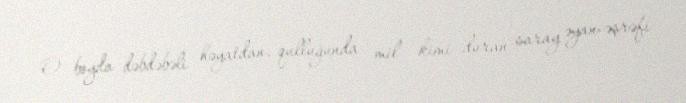
O boyda dəbdəbəli həyatdan, qulluğunda mil kimi duran saray əyan-əşrəfi